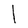
Character: l